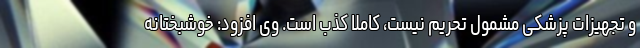
و تجهیزات پزشکی مشمول تحریم نیست، کاملا کذب است. وی افزود: خوشبختانه